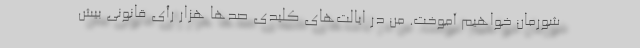
شورمان خواهیم آموخت. من در ایالت‌های کلیدی صدها هزار رأی قانونی بیش